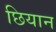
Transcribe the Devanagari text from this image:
छियान